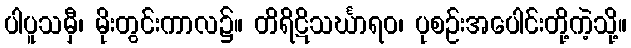
ပါပူသမှီ၊ မိုးတွင်းကာလ၌။ တိရိဋိသင်္ဃာရဝ၊ ပုစဉ်းအပေါင်းတို့ကဲ့သို့။